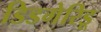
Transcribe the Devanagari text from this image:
डिडगेरिडू